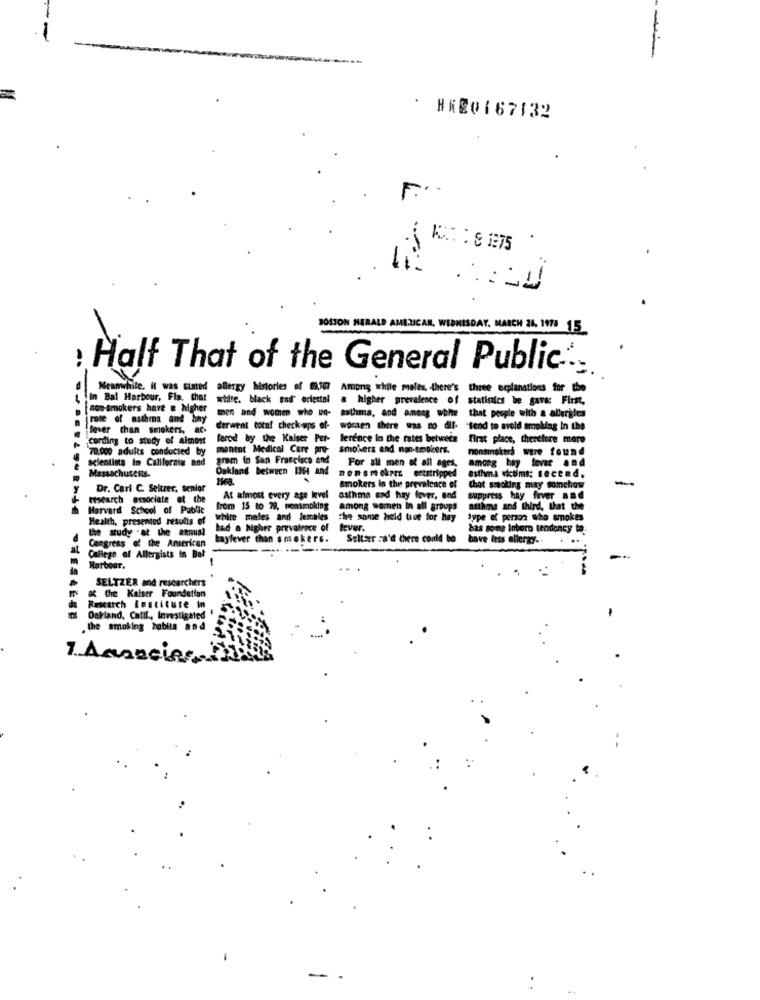
--
. HKE0167132
F ...
KA : 8 175
ALD AR
AY. MARCH 26. 1978 15
-
Half That of the General Public:
Meanwhile. it was stated allergy histories of 89,307
Among while meles, there's three explanations for the
n Bal Harbour, Fla. that white, black sad" eriettal
a higher prevalence of statinics be gave: First,
non-smokers have & higher
jrote of asthma and bay
men and women who un-
asthma, and among white that people with a allergies
Bever chan smokers. ac.
derwent totn! check-ups af-
women there was no dif- - tend to avoid amokdag In the
"cording to study of Almost
fered by the Kaiser Per-
ference In the rates between
first place, therefore more
70.000 adults conducted by
manent Medical Care pro-
smokers and non-smolcers.
nonsmokers were found
scientima in California and
gram in San Francisco and
among hay levar and
MassachuseRs
Oakland between 1964 and
nonsmoker etstripped
For all men of all ages.
1968.
asthma victims: secend.
-
Dr. Carl C. Seltzer, senior
Smokers in the prevalence el
chot smoking may somchow
research associate of the
At almost every age level
asthma and hay fever, and Suppress hay fever and
Harvard School of Public
from 15 to 79, pensmoking
among women In all groups
asthma and third, that the
Health, presented results of
white males and Jemales
the same held live for hay
Sype of person who smokes
the study "at the annual
had a higher prevatroce of lever.
has some Inboro tendency to.
Congress of the American
hayfever than smokers.
Seltzer za'd there conld be
bave less allergy ..
------
College of Allergists in Bal
--
Harbour.
& the Kaiser Foundation
SELTZER and researchers
Research Institute in
Oakland, Calif ., Investigated
the smoking habits and
7. Amancies?